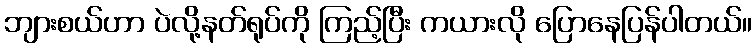
ဘျားစယ်ဟာ ပဲလို့နတ်ရုပ်ကို ကြည့်ပြီး ကယားလို ပြောနေပြန်ပါတယ်။